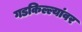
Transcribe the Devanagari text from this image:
गडकिल्ल्यांवर